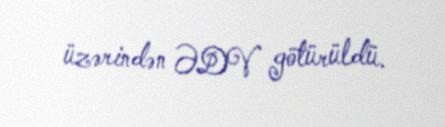
üzərindən ƏDV götürüldü.